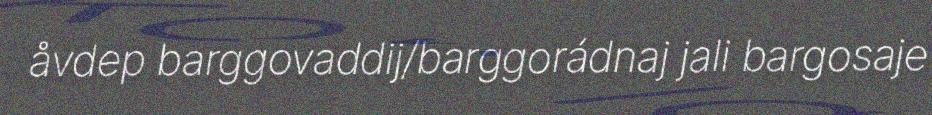
åvdep barggovaddij/barggorádnaj jali bargosaje